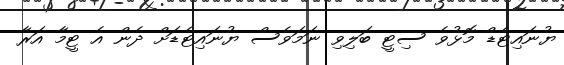
ޔުނައިޓެޑް މޮޅުވެ ސިޓީ ބަލިވި ނަމަވެސް ޔުނައިޓެޑަށް ދެން އެ ޓީމާ އަރާ